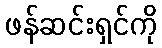
ဖန်ဆင်းရှင်ကို